Insane asylums Bombay 1873-77 - 1873-1877
Year: 1873
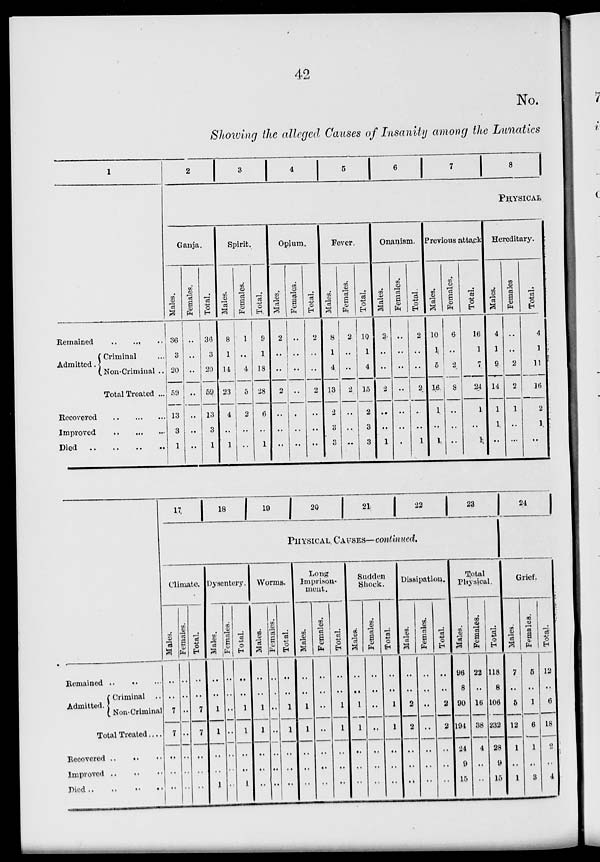
42
No.
Showing the alleged Causes of Insanity among the Lunatics
1
Remained
.. ... ...
Admitted.
Criminal ...
Non-Criminal ..
Total Treated ...
Recovered
..
...
...
Improved .. ... ...
Died .. .. .. ..
2
3
4
5
6
7
8
PHYSICAL
Ganja.
Males.
36
3
20
50
13
3
1
Females.
..
..
..
..
..
..
..
Total.
36
3
20
59
13
3
1
Spirit.
Males.
8
1
14
23
4
..
1
Females.
1
..
4
5
2
..
..
Total.
9
1
18
28
6
..
1
Opium.
Males.
2
..
..
2
..
..
..
Females.
..
..
..
..
..
..
..
Total.
2
..
..
2
..
..
..
Fever.
Males.
8
1
4
13
2
3
3
Females.
2
..
..
2
..
..
..
Total.
10
1
4
15
2
3
3
Onanism.
Males.
2
..
..
2
..
..
1
Females.
..
..
..
..
..
..
..
Total.
2
..
..
2
..
..
1
Previous attack
Males.
10
1
5
16
1
..
1
Females.
6
..
2
8
..
..
..
Total.
16
1
7
24
1
..
1
Hereditary.
Males.
4
1
9
14
1
1
..
Females.
..
..
2
2
1
..
...
Total.
4
1
11
16
2
1
..
Remained
..
..
..
Admitted.
Criminal ..
Non-Criminal
Total Treated ....
Recovered .. .. ..
Improved .. .. ..
Died
..
..
..
17
18
19
20
21
22
23
PHYSICAL CAUSES— continued.
Climate.
Males.
..
..
7
7
..
..
..
Females.
..
..
..
..
..
..
..
Total.
..
..
7
7
..
..
..
Dysentery.
Males.
..
..
1
1
..
..
1
Females.
..
..
..
..
..
..
..
Total.
..
..
1
1
..
..
1
Worms.
Males.
..
..
1
1
..
..
..
Females.
..
..
..
..
..
..
..
Total.
..
..
1
1
..
..
..
Long
Imprison-
ment.
Males.
..
..
1
1
..
..
..
Females.
..
..
..
..
..
..
..
Total.
..
..
1
1
..
..
..
Sudden
Shock.
Males.
..
..
1
1
..
..
..
Females.
..
..
..
..
..
..
..
Total.
..
..
1
1
..
..
..
Dissipation.
Males.
..
..
2
2
..
..
..
Females.
..
..
..
..
..
..
..
Total.
..
..
2
2
..
..
..
Total
Physical.
Males.
96
8
90
194
24
9
15
Females.
22
..
16
38
4
..
..
Total.
118
8
106
232
28
9
15
24
Grief.
Males.
7
..
5
12
1
..
1
Females.
5
..
1
6
1
..
3
Total.
12
..
6
18
2
..
4